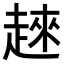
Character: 𧼛